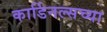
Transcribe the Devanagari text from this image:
कार्डिनल्सच्या